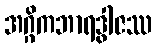
အဂ္ဂိကဘာရဒွါဇဿ